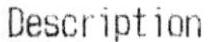
DESCRIPTION